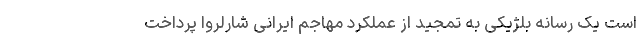
است یک رسانه بلژیکی به تمجید از عملکرد مهاجم ایرانی شارلروا پرداخت